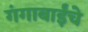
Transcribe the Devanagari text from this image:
गंगाबाईंचे